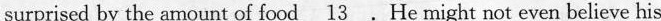
surprised by the amount of food \underline{13}.He might not even believe his